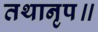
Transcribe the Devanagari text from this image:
तथानृप॥